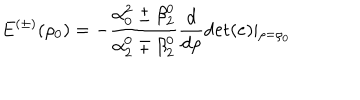
E ^ { ( \pm ) } ( \rho _ { 0 } ) = - \frac { \alpha _ { 0 } ^ { 2 } \pm \beta _ { 2 } ^ { 0 } } { \alpha _ { 2 } ^ { 0 } \mp \beta _ { 2 } ^ { 0 } } \frac { d } { d \rho } \mathrm { d e t } ( e ) \mid _ { \rho = \rho _ { 0 } }